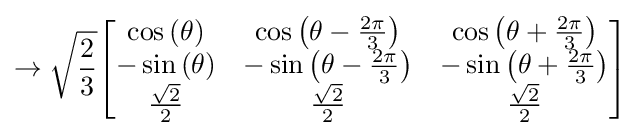
\to {\sqrt {\frac {2}{3}}}{\begin{bmatrix}\cos {\left(\theta \right)}&\cos {\left(\theta -{\frac {2\pi }{3}}\right)}&\cos {\left(\theta +{\frac {2\pi }{3}}\right)}\\-\sin {\left(\theta \right)}&-\sin {\left(\theta -{\frac {2\pi }{3}}\right)}&-\sin {\left(\theta +{\frac {2\pi }{3}}\right)}\\{\frac {\sqrt {2}}{2}}&{\frac {\sqrt {2}}{2}}&{\frac {\sqrt {2}}{2}}\end{bmatrix}}